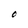
Character: O